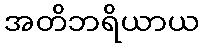
အတိဘရိယာယ